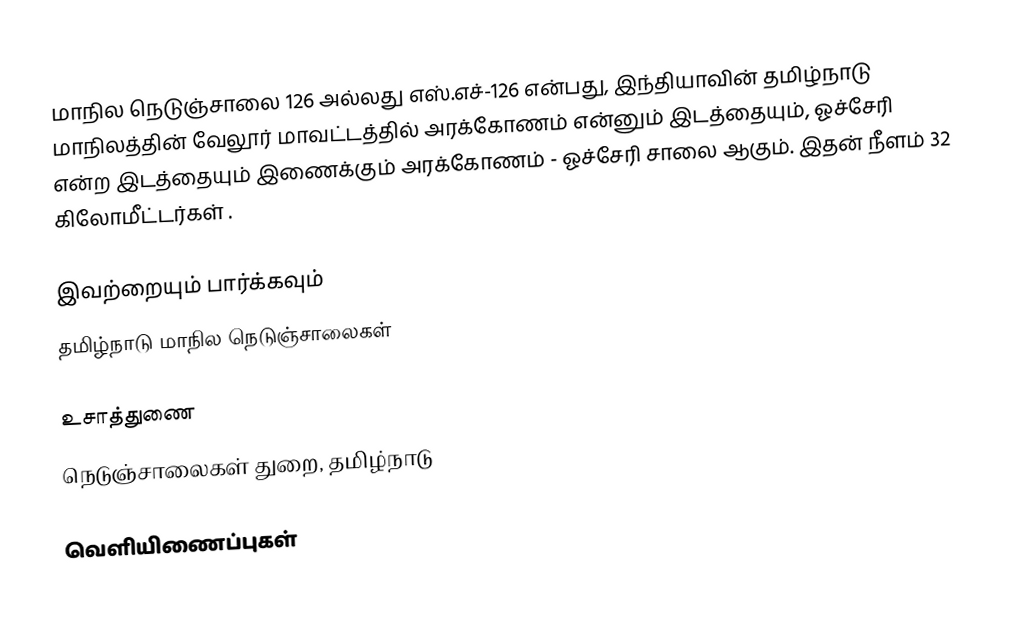
மாநில நெடுஞ்சாலை 126 அல்லது எஸ்.எச்-126 என்பது, இந்தியாவின் தமிழ்நாடு மாநிலத்தின் வேலூர் மாவட்டத்தில் அரக்கோணம் என்னும் இடத்தையும், ஓச்சேரி என்ற இடத்தையும் இணைக்கும் அரக்கோணம் - ஓச்சேரி சாலை ஆகும். இதன் நீளம் 32  கிலோமீட்டர்கள் .

இவற்றையும் பார்க்கவும்
 தமிழ்நாடு மாநில நெடுஞ்சாலைகள்

உசாத்துணை
 நெடுஞ்சாலைகள் துறை, தமிழ்நாடு

வெளியிணைப்புகள்